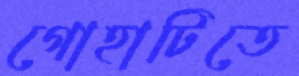
গোহাটিতে